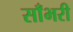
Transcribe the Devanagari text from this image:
साँभरी